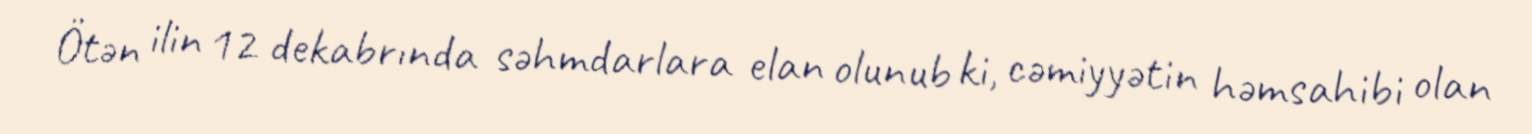
Ötən ilin 12 dekabrında səhmdarlara elan olunub ki, cəmiyyətin həmsahibi olan